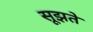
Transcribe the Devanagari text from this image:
सूझते